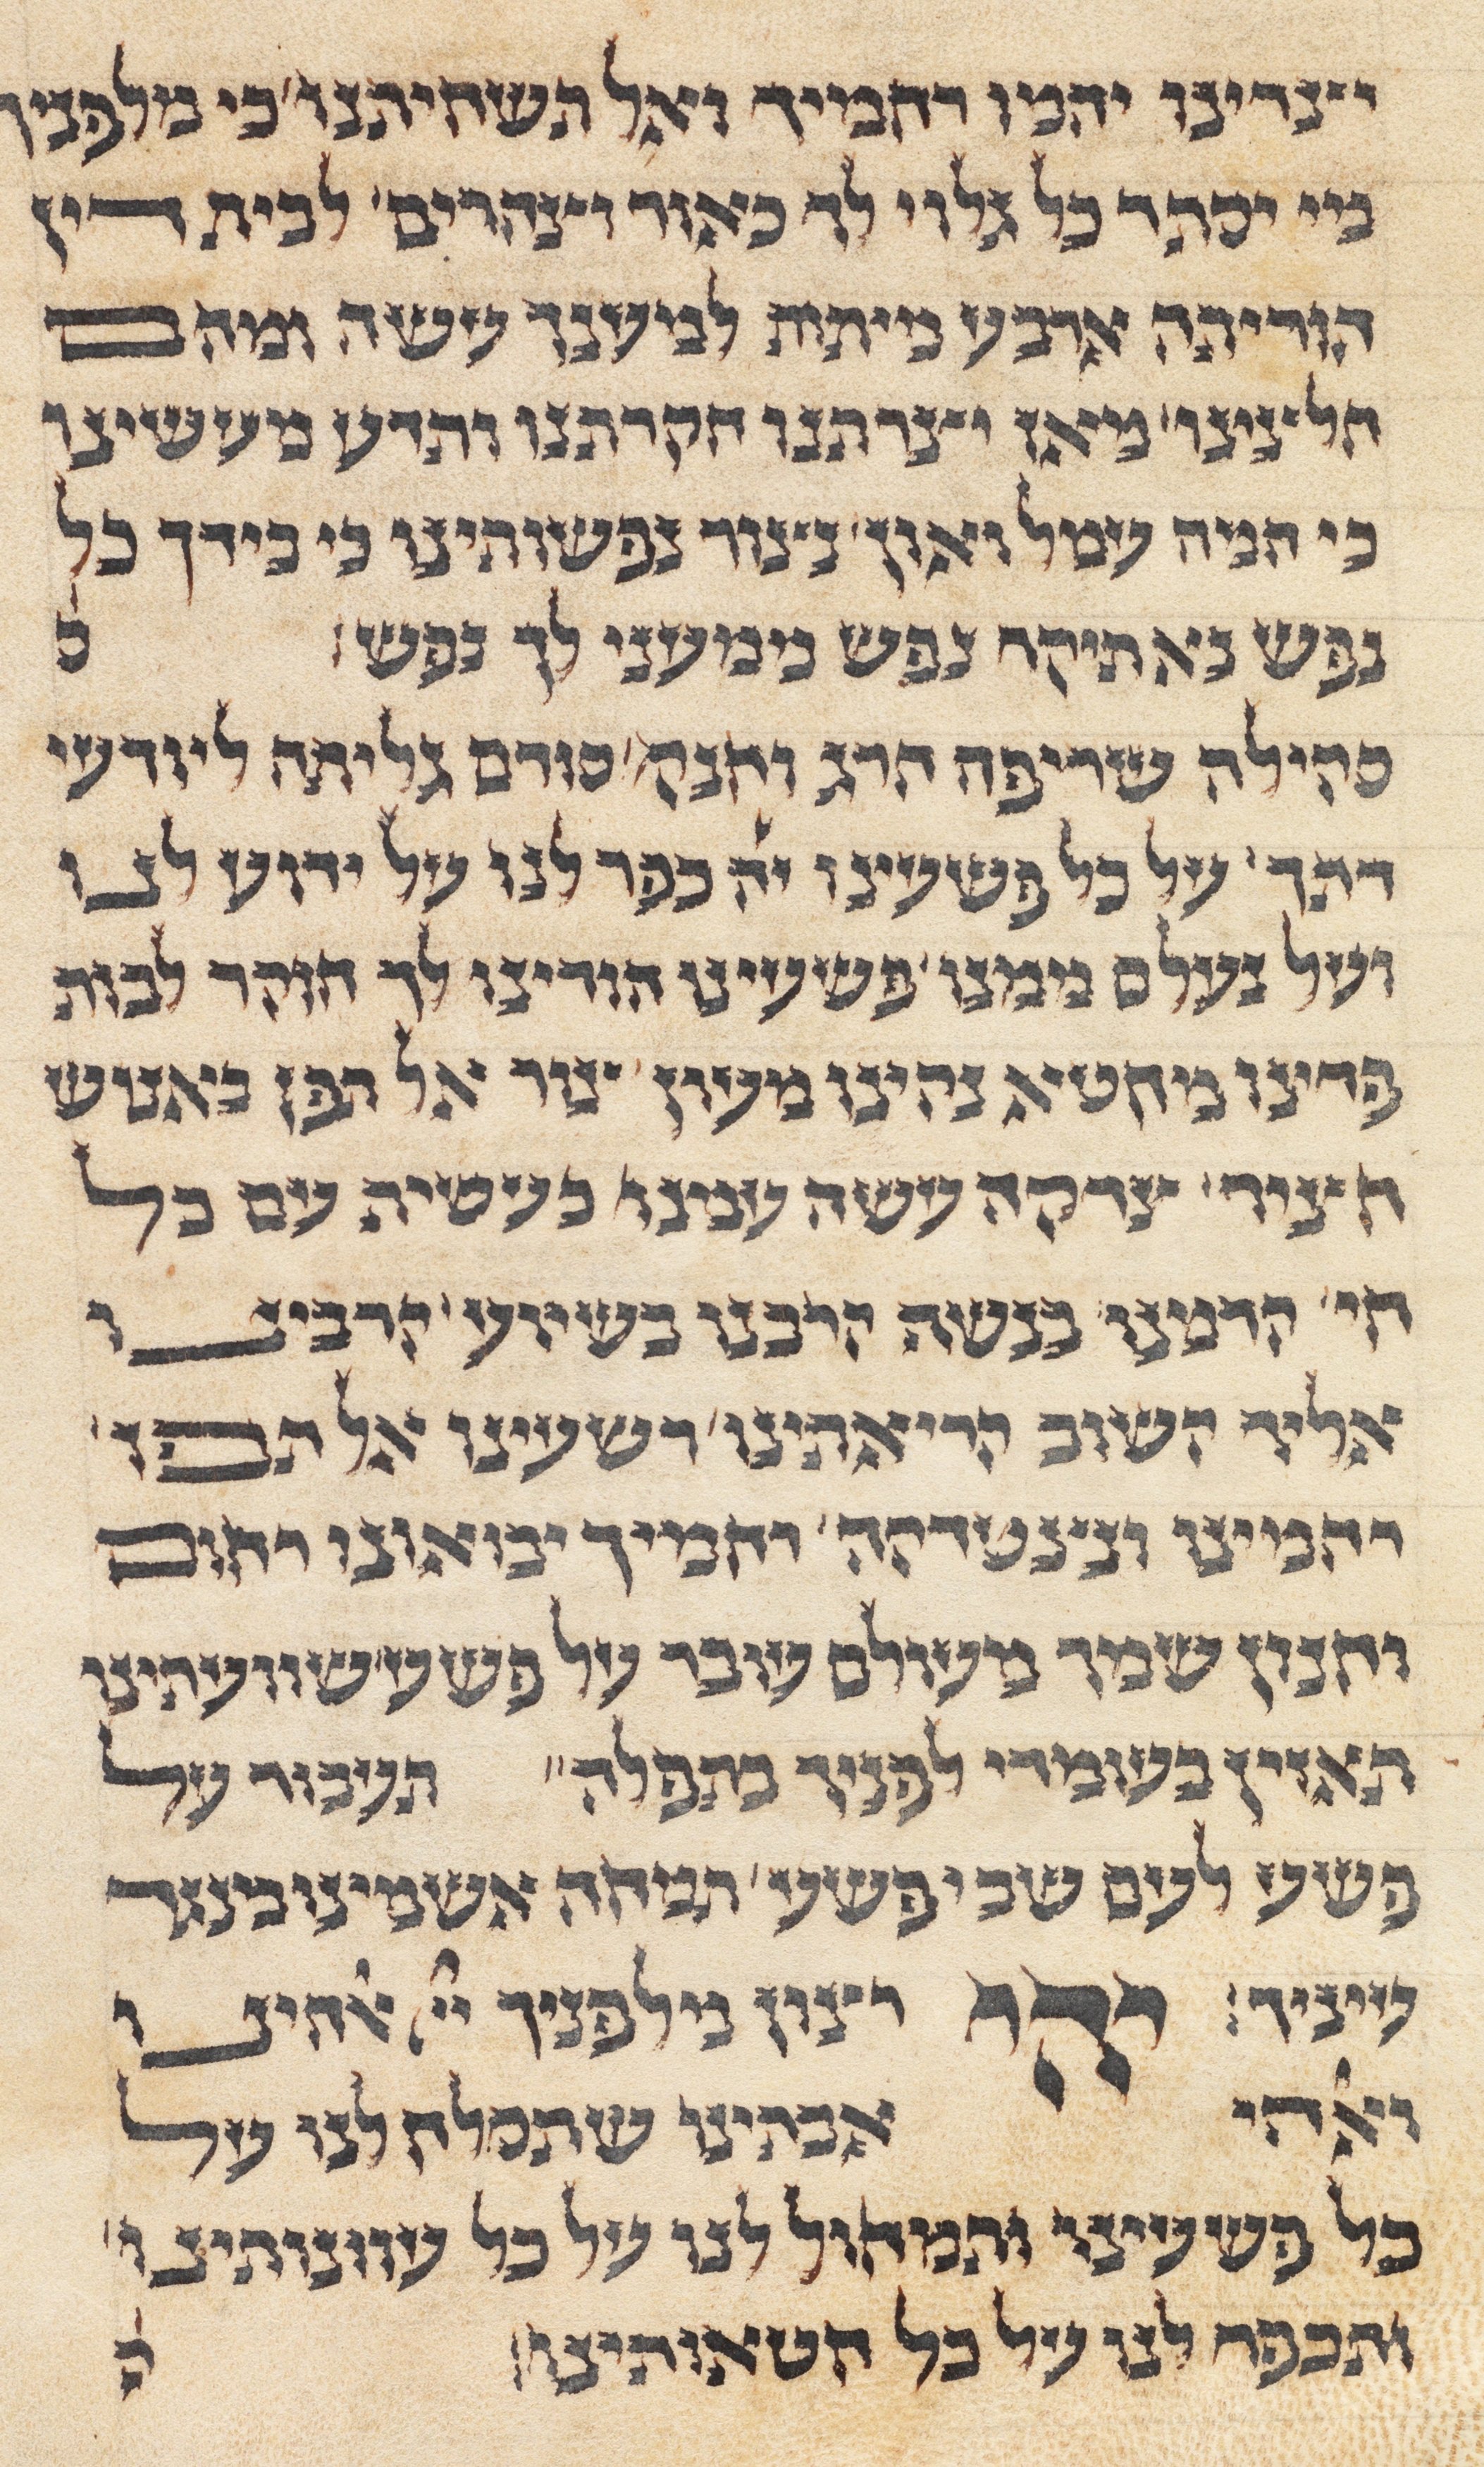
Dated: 1285–1315